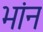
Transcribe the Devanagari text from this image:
भांन